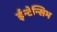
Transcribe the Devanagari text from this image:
ईन्टेन्सिभ